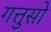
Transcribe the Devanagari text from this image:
गत्तुसो